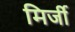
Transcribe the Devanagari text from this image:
मिर्जी